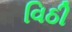
વિઠી